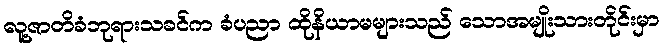
လူ့ဇာတိခံဘုရားသခင်က ခံပညာ ထိုနိယာမများသည် သောအမျိုးသားတိုင်းမှာ